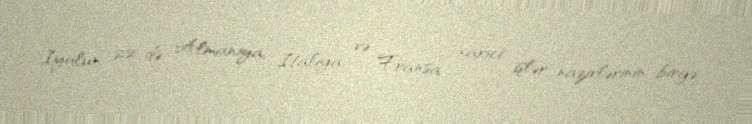
İyulun 22-də Almaniya, İtaliya və Fransa xarici işlər nazirlərinin birgə